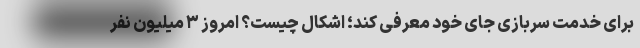
برای خدمت سربازی جای خود معرفی کند؛ اشکال چیست؟ امروز ۳ میلیون نفر